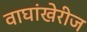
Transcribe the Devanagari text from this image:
वाघांखेरीज